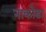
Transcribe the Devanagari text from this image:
नाकोडा